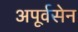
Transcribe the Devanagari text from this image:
अपूर्वसेन